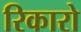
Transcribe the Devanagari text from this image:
रिकारो